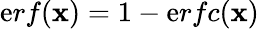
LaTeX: \mathrm{e}rf(\mathbf{x})=1-\mathrm{e}rfc(\mathbf{x})